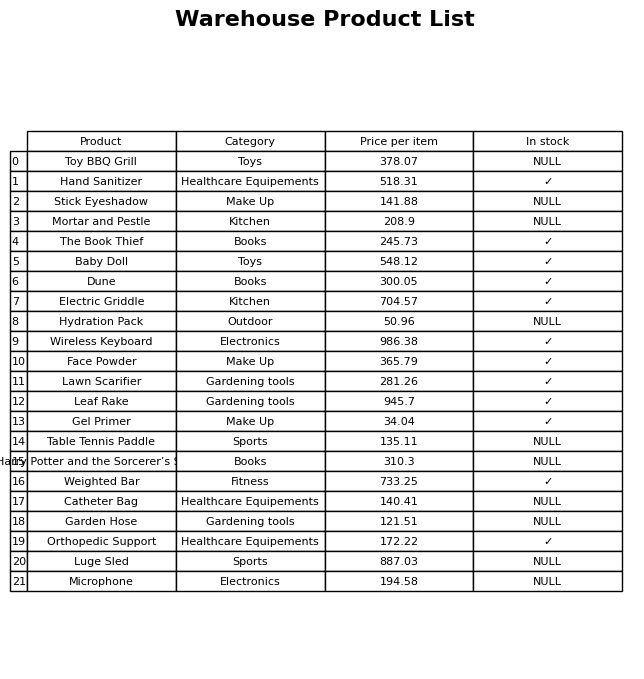
question: What is the price of the Stick Eyeshadow?
answer: The price of Stick Eyeshadow is 141.88.